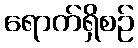
ရောက်ရှိစဉ်